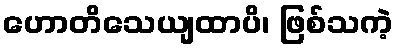
ဟောတိသေယျထာပိ၊ ဖြစ်သကဲ့